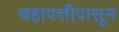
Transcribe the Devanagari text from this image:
चहापत्तीपासून